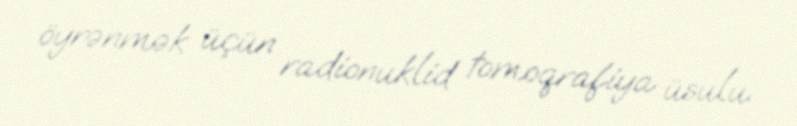
öyrənmək üçün radionuklid tomoqrafiya üsulu.